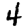
Digit: 4